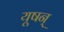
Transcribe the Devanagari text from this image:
यूषन्